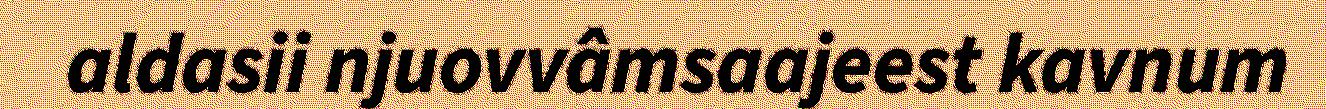
aldasii njuovvâmsaajeest kavnum